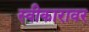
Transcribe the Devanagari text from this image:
स्वीकारावर